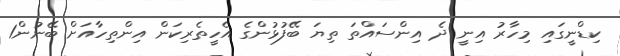
ކިޑްނީގައި މިހާރު އިނީ ދެ އިންސައްތަ ތިޔަ ބޭފުޅުންގެ އެހީތެރިކަން އިންތިހާއަށް ބޭނުން1